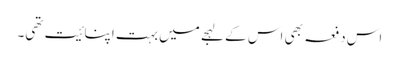
اس دفعہ بھی اس کے لہجے میں بہت اپنائیت تھی۔